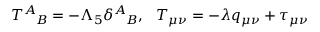
T _ { \phantom { A } B } ^ { A } = - \Lambda _ { 5 } \delta _ { \phantom { A } B } ^ { A } , ~ ~ T _ { \mu \nu } = - \lambda q _ { \mu \nu } + \tau _ { \mu \nu }